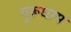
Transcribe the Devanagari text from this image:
गुरूधाम